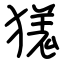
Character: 獇